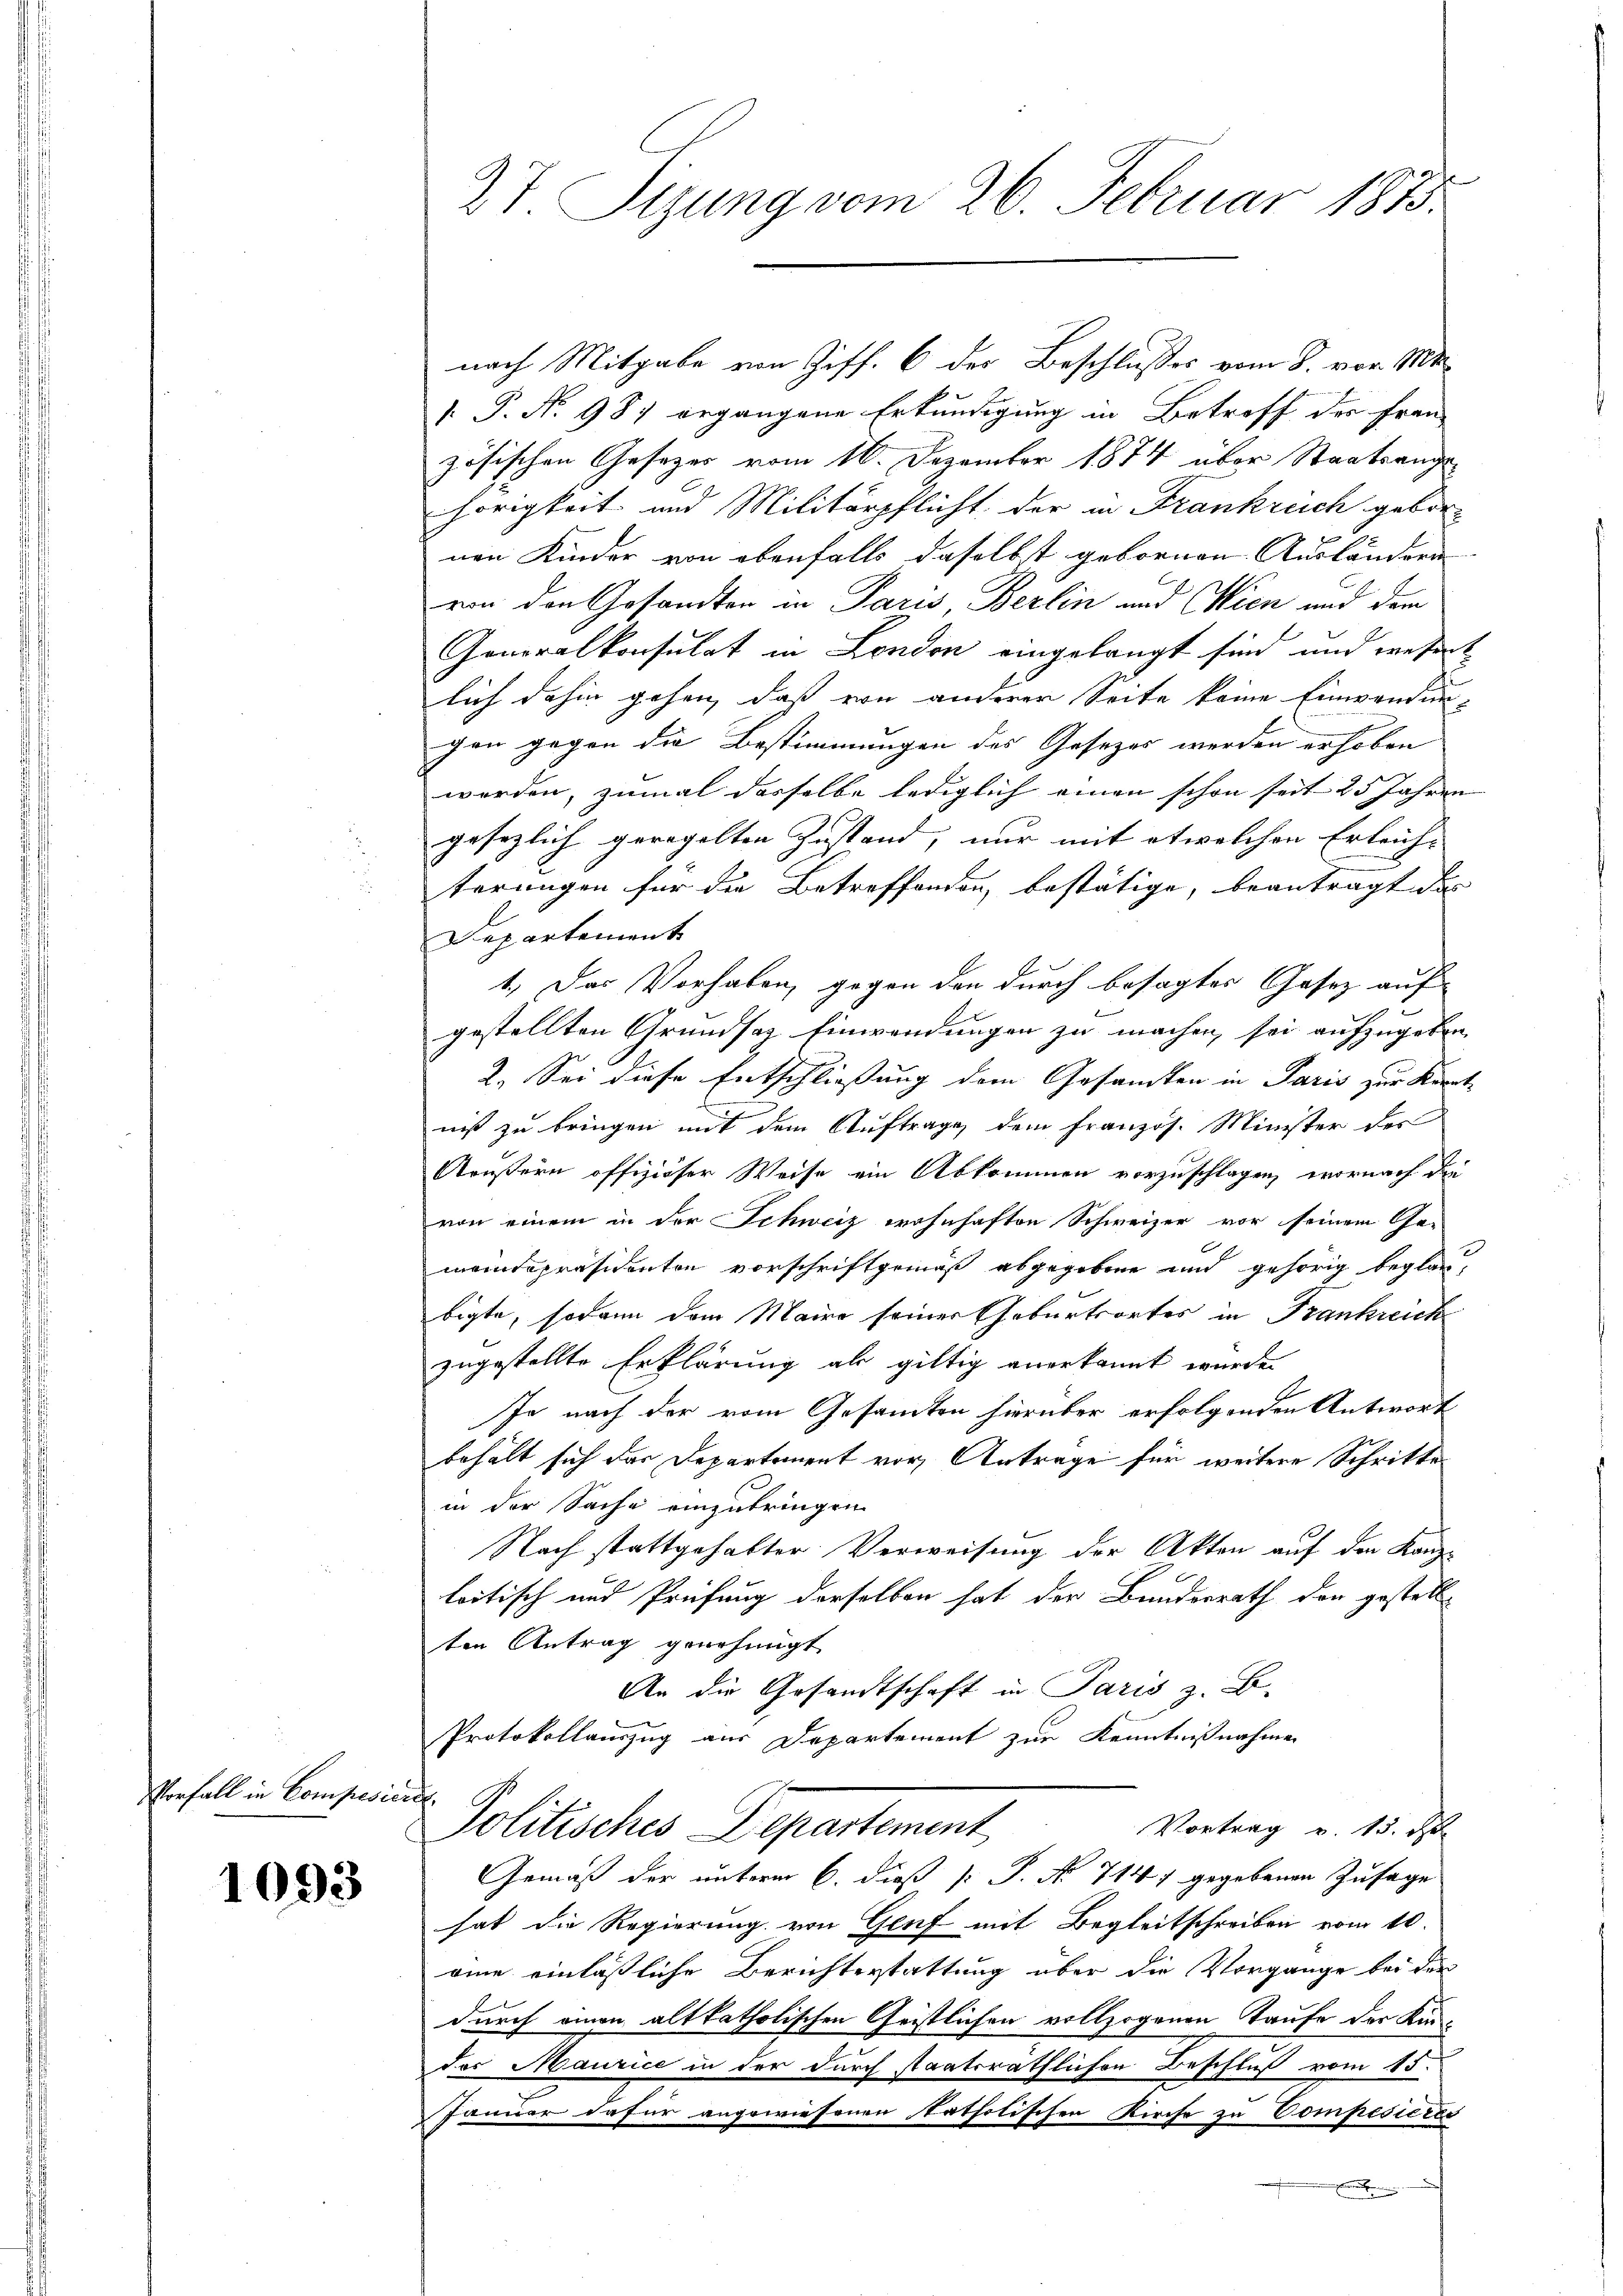
Vorfall in Compesier

1093

nach Mitgabe von Ziff. 6 der Beschlusses vom 8. vor 14
 P. Nr. 987 ergangene Erkundigung in Betreff der Frau-
zösischen Gesetzes vom 16. Dezember 1874 über Staatsangehörigkeit und Militärpflicht der in Frankreich gebor-
nen Kinder von ebenfalls daselbst gebornen Ausländern |
von den Gesandten in Paris, Berlin und Wien und dem
Generalkonsulat in London eingelangt sind und wesent
lich dahin gehen, daß von anderer Seite keine Einwendun-
chen gegen die Bestimmungen des Gesetzes werden erhoben
werden, zumal dasselbe lediglich einen schon seit 25 Jahren
gesezlich geregelten Zustand, nur mit etwelchen Erleich- |
terungen für die Betreffenden bestätige, beantragt das
Departement
1. Das Vorhaben, gegen den durch besagtes Gasez auf
gestellten Grundsaz Einwendungen zu machen, sei aufzugeben,
2. Sei diese Entschliessung dem Gesandten in Paris zur Kennt-
niß zu bringen mit dem Auftrage dem Französ. Minister des
Aeußern offiziöser Weise ein Abkommen vorzuschlagen, wornach die
von einem in der Schweiz wohnhaften Schweizer vor seinem Ge-
meindepräsidenten vorschriftgemäß abgegebene und gehörig beglaubigte, sodann dem Maire seiner Geburtsortes in Frankreich
zugestellte Erklärung als giltig anerkannt wurde.
Je nach der vom Gesamten hierüber erfolgenden Antwort
behält sich das Departement vor, Antrage für weitere Schritte
in der Sache einzubringen
Nach stattgehabter Verweisung der Akten auf den Kanzloitisch und Prüfung derselben hat der Bunderrath der gestell-
ten Antrag genehmigt
An die Gesandtschaft in Paris z. B.
Protokollauszug aus Departement zur Kenntnißnahmen
.
Vortrag v. 13. d.
Politisches Departement
Gemäß der unterm 6. dieß [ P. Nr. 714 gegebenen Zusage
hat die Regierung von Genf mit Begleitschreiben vom 10.
aine einläßliche Berichterstattung über die Vorgange bei der
durch einen altkatholischen Geistlichen vollzogenen Taufe der Kündes Maurice in der durch staatsrathlichen Beschluß vom 15.
Januar dafür angewiesenen katholischen Kirche zu Compesieres
E

27. Sizung vom 26. Februar 1873.